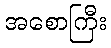
အစောကြီး